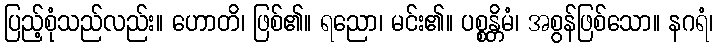
ပြည့်စုံသည်လည်း။ ဟောတိ၊ ဖြစ်၏။ ရညော၊ မင်း၏။ ပစ္စန္တိမံ၊ အစွန်ဖြစ်သော။ နဂရံ၊